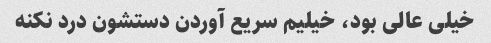
خیلی عالی بود، خیلیم سریع آوردن دستشون درد نکنه